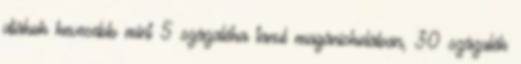
diákok kevesebb mint 5 százaléka tanul magániskolában, 30 százalék